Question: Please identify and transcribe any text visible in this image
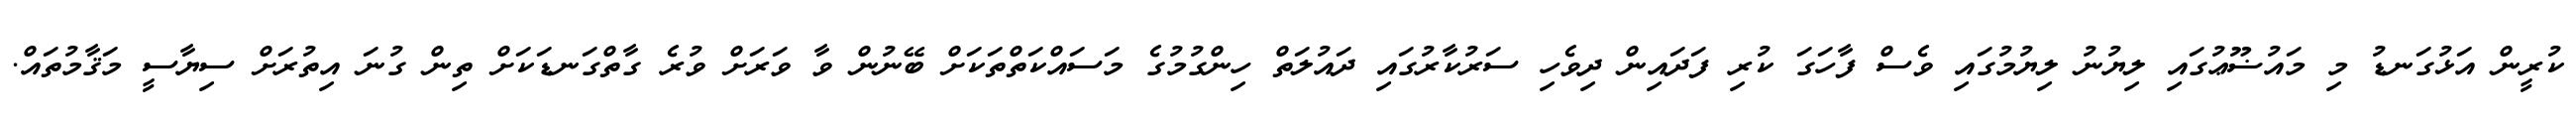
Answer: ކުރީން އަޅުގަނޑު މި މައުޟޫޢުގައި ލިޔުނު ލިޔުމުގައި ވެސް ފާހަގަ ކުރި ފަދައިން ދިވެހި ސަރުކާރުގައި ދައުލަތް ހިންގުމުގެ މަސައްކަތްތަކަށް ބޭނުން ވާ ވަރަށް ވުރެ ގާތްގަނޑަކަށް ތިން ގުނަ އިތުރަށް ސިޔާސީ މަޤާމުތައް.